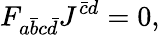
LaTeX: F_{a\bar{b}c\bar{d}}J^{\bar{c}d}=0,